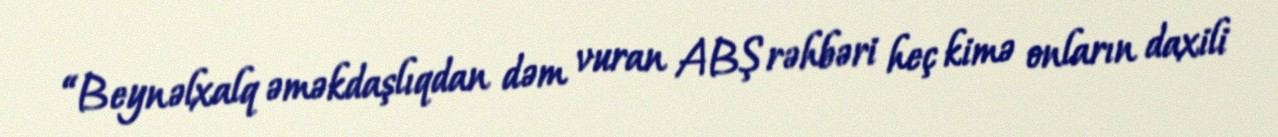
“Beynəlxalq əməkdaşlıqdan dəm vuran ABŞ rəhbəri heç kimə onların daxili